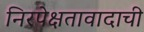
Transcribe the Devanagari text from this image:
निरपेक्षतावादाची